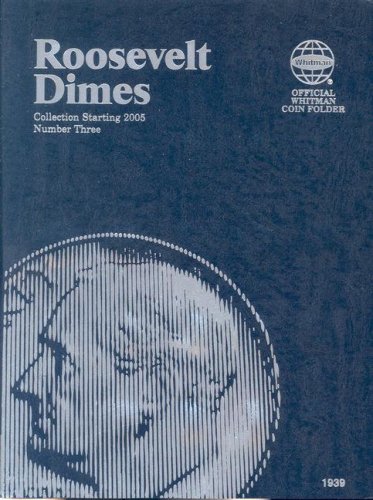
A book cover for Roosevelt Dimes Folder Starting 2005 (Official Whitman Coin Folder); Whitman; Crafts, Hobbies & Home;